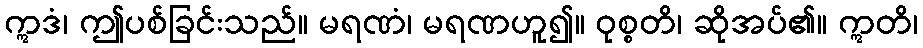
ဣဒံ၊ ဤပစ်ခြင်းသည်။ မရဏံ၊ မရဏဟူ၍။ ဝုစ္စတိ၊ ဆိုအပ်၏။ ဣတိ၊